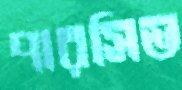
পারসিভ